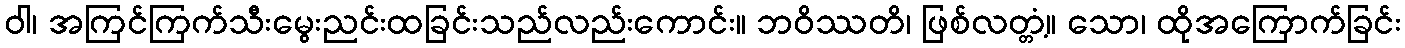
ဝါ၊ အကြင်ကြက်သီးမွေးညင်းထခြင်းသည်လည်းကောင်း။ ဘဝိဿတိ၊ ဖြစ်လတ္တံ့။ သော၊ ထိုအကြောက်ခြင်း